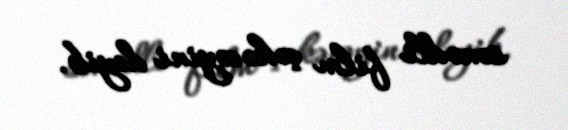
sənədli film çəkəcəyini deyib.